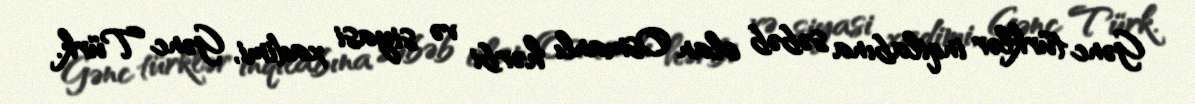
Gənc türklər inqilabına səbəb olan Osmanlı hərbi və siyasi xadimi, Gənc Türk.